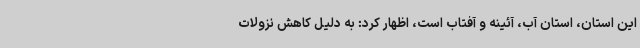
این استان، استان آب، آئینه و آفتاب است، اظهار کرد: به دلیل کاهش نزولات